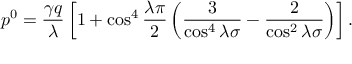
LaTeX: p ^ { 0 } = \frac { \gamma q } { \lambda } \left[ 1 + \cos ^ { 4 } \frac { \lambda \pi } { 2 } \left( \frac { 3 } { \cos ^ { 4 } \lambda \sigma } - \frac { 2 } { \cos ^ { 2 } \lambda \sigma } \right) \right] .